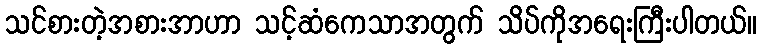
သင်စားတဲ့အစားအာဟာ သင့်ဆံကေသာအတွက် သိပ်ကိုအရေးကြီးပါတယ်။